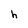
Character: h